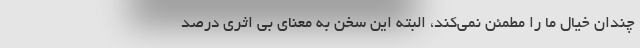
چندان خیال ما را مطمئن نمی‌کند، البته این سخن به معنای بی اثری درصد